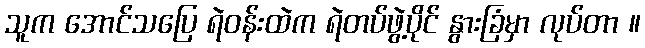
သူက အောင်သပြေ ရဲဝန်းထဲက ရဲတပ်ဖွဲ့ပိုင် နွားခြံမှာ လုပ်တာ ။